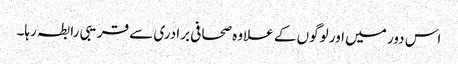
اس دور میں اور لوگوں کے علاوہ صحافی برادری سے قریبی رابطہ رہا۔